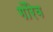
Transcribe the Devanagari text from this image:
गौरेव